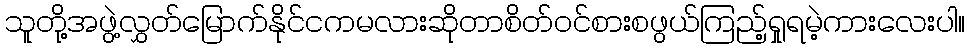
သူတို့အဖွဲ့လွှတ်မြောက်နိုင်ငကမလားဆိုတာစိတ်ဝင်စားစဖွယ်ကြည့်ရှုရမဲ့ကားလေးပါ။